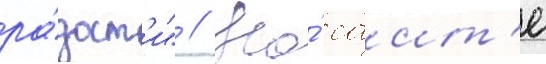
ра́дост'и" // На́ саит'е